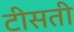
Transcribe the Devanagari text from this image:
टीसती